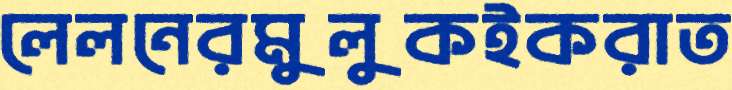
লেলনেরমুলুকইকরাত